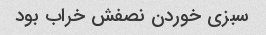
سبزی خوردن نصفش خراب بود